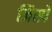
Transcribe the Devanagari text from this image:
जिस्पे